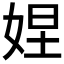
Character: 𱙕